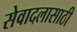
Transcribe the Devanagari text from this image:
सेवादलासाठी